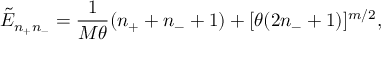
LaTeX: \tilde { E } _ { n _ { + } n _ { - } } = \frac { 1 } { M \theta } ( n _ { + } + n _ { - } + 1 ) + [ \theta ( 2 n _ { - } + 1 ) ] ^ { m / 2 } ,